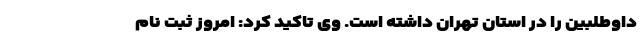
داوطلبین را در استان تهران داشته است. وی تاکید کرد: امروز ثبت نام